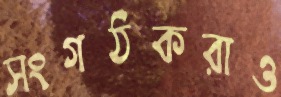
সংগঠকরাও